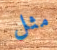
مثل